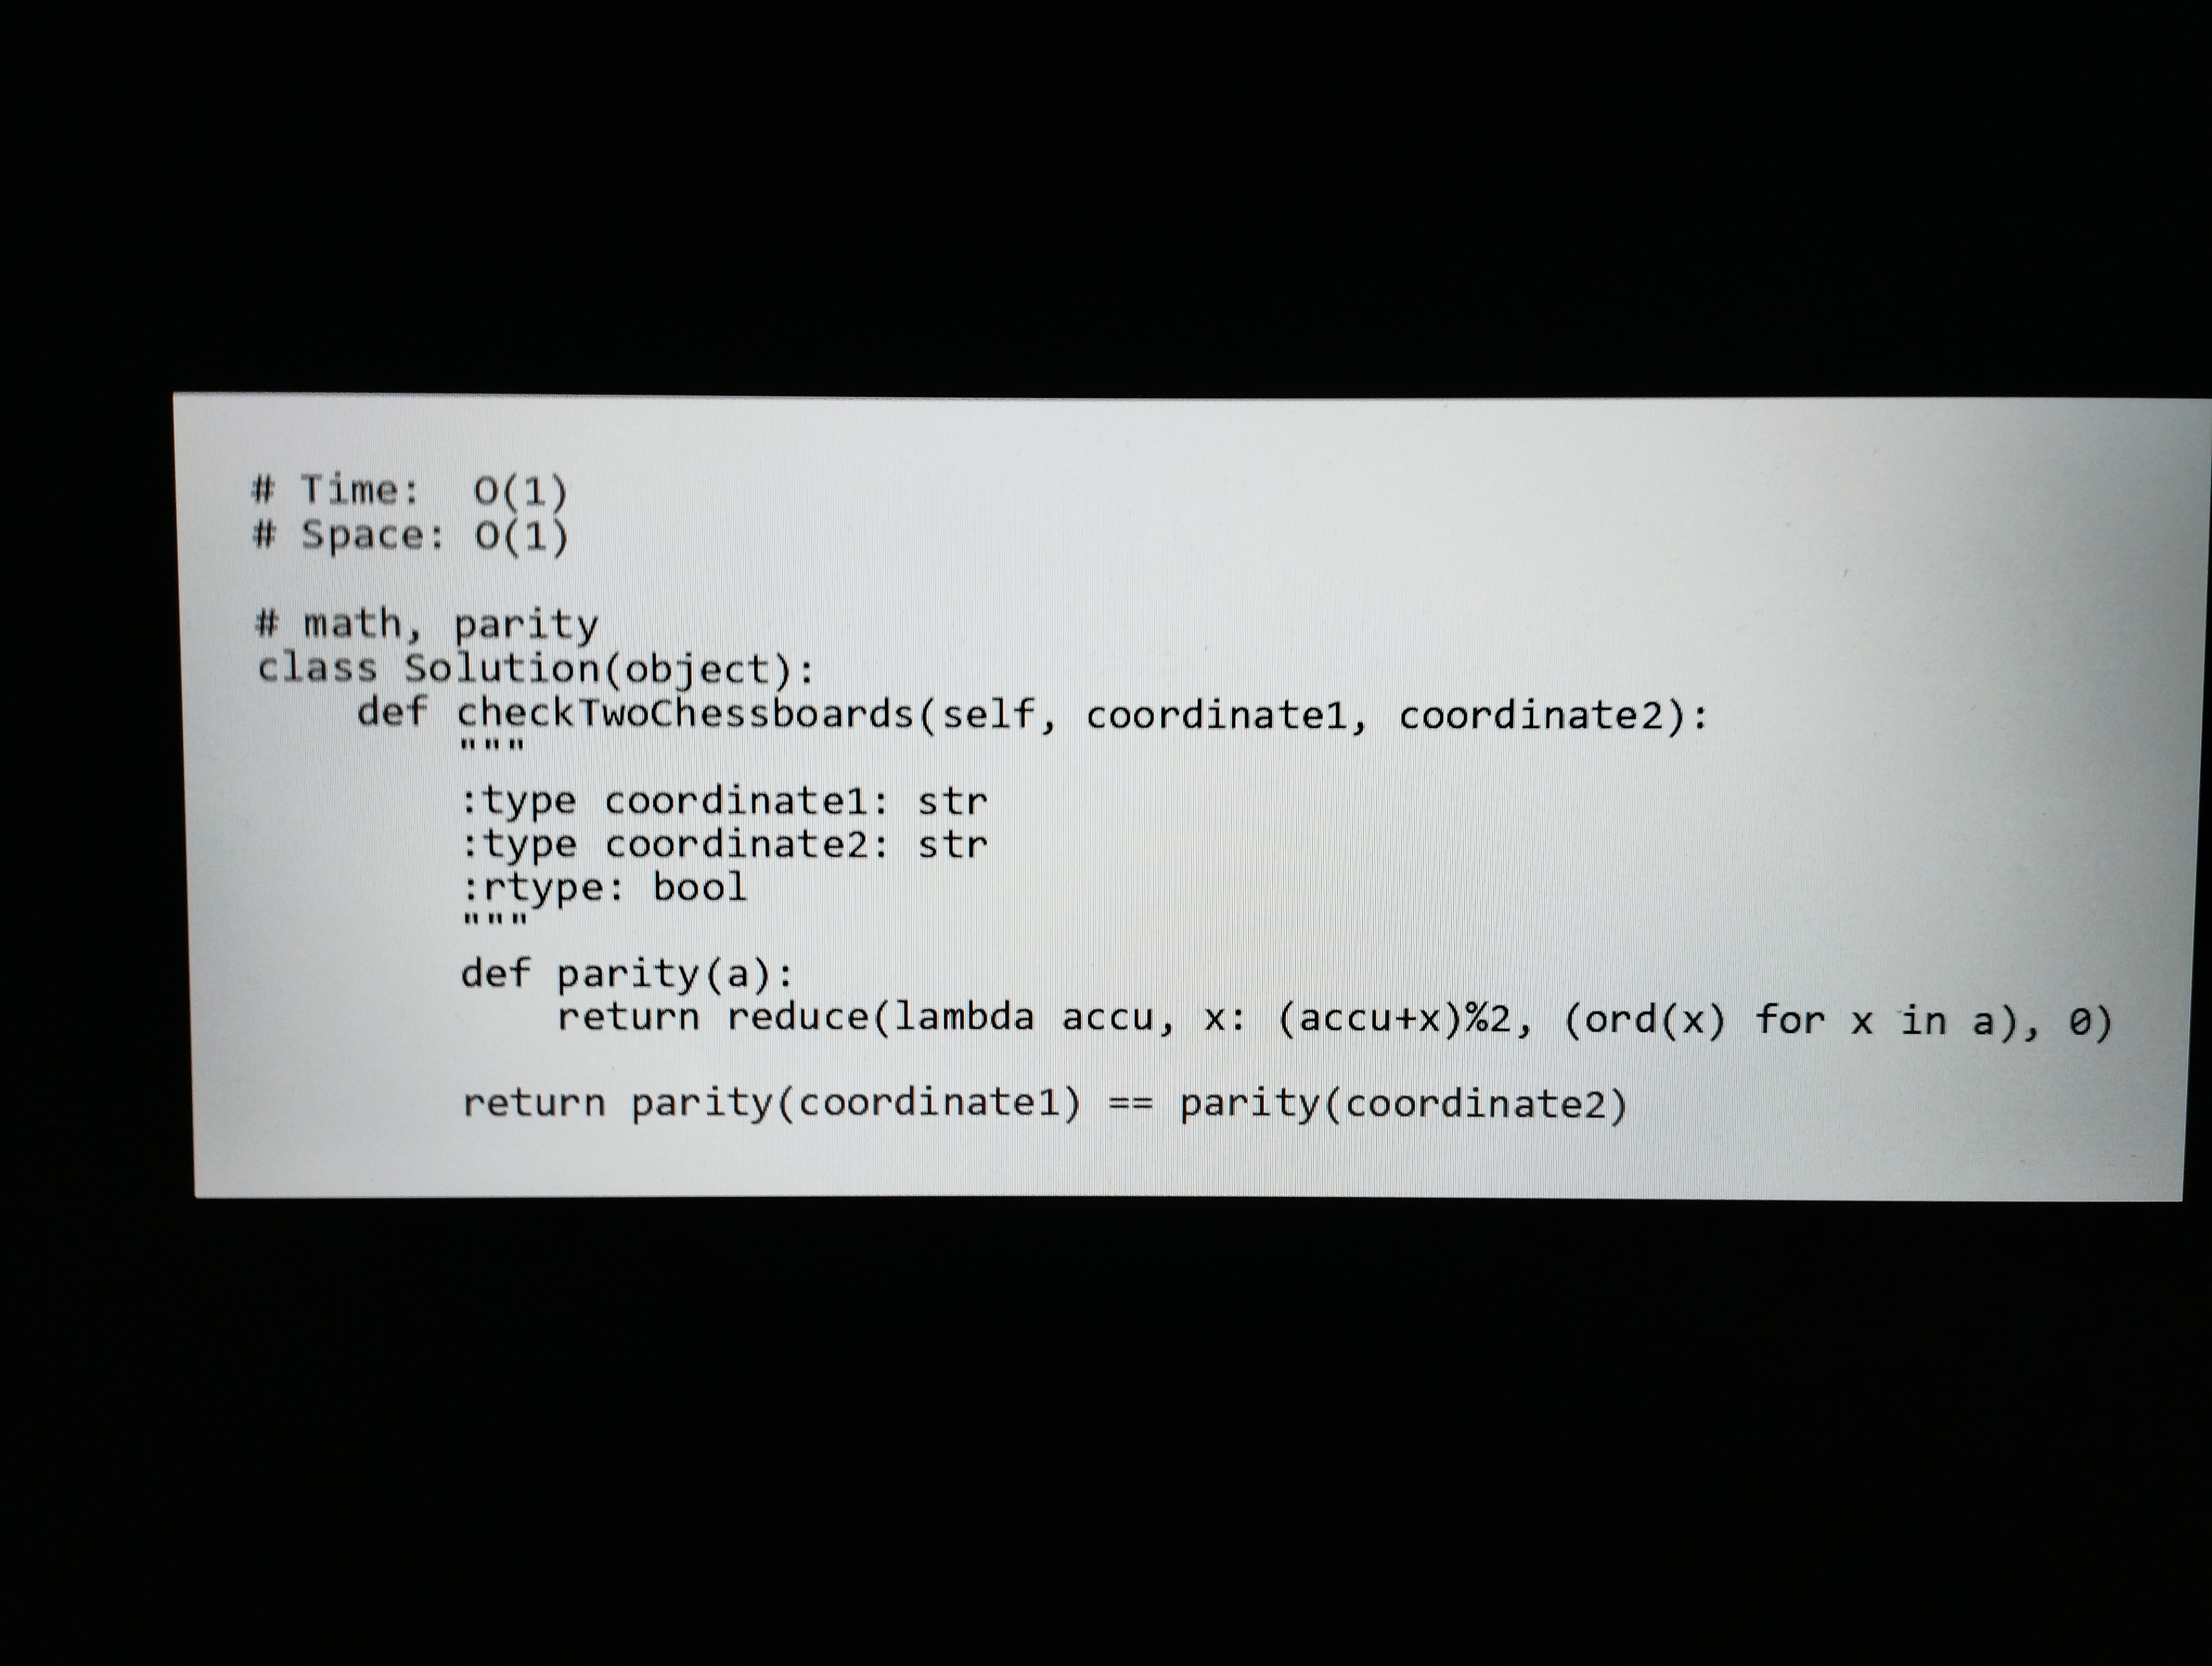
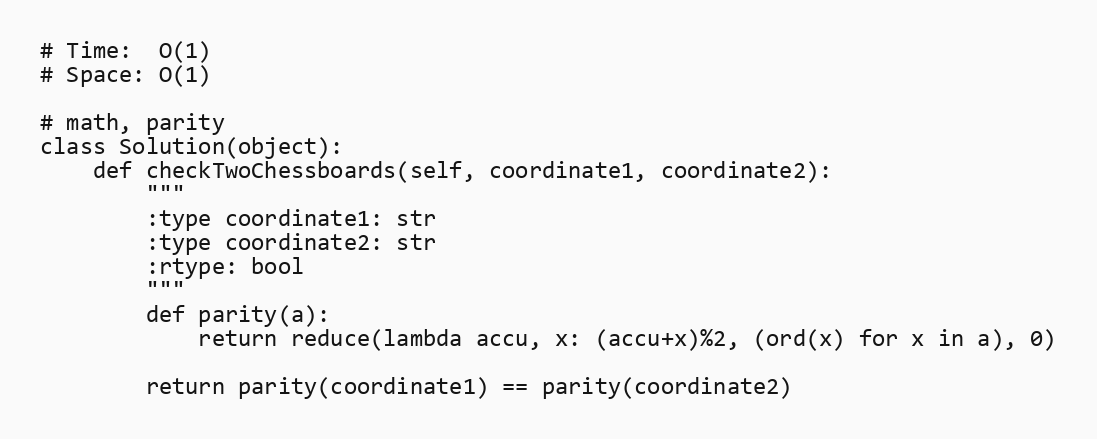
# Time:  O(1)
# Space: O(1)

# math, parity
class Solution(object):
    def checkTwoChessboards(self, coordinate1, coordinate2):
        """
        :type coordinate1: str
        :type coordinate2: str
        :rtype: bool
        """
        def parity(a):
            return reduce(lambda accu, x: (accu+x)%2, (ord(x) for x in a), 0)

        return parity(coordinate1) == parity(coordinate2)